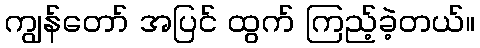
ကျွန်တော် အပြင် ထွက် ကြည့်ခဲ့တယ်။